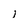
Character: i